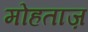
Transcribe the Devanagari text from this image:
मोहताज़